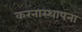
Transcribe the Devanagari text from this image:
करनास्थापना